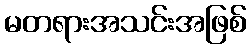
မတရားအသင်းအဖြစ်